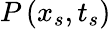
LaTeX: P\left(x_{s},t_{s}\right)